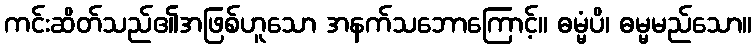
ကင်းဆိတ်သည်၏အဖြစ်ဟူသော အနက်သဘောကြောင့်။ ဓမ္မံပိ၊ ဓမ္မမည်သော။